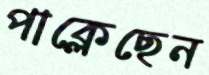
পাক্‌লেছেন